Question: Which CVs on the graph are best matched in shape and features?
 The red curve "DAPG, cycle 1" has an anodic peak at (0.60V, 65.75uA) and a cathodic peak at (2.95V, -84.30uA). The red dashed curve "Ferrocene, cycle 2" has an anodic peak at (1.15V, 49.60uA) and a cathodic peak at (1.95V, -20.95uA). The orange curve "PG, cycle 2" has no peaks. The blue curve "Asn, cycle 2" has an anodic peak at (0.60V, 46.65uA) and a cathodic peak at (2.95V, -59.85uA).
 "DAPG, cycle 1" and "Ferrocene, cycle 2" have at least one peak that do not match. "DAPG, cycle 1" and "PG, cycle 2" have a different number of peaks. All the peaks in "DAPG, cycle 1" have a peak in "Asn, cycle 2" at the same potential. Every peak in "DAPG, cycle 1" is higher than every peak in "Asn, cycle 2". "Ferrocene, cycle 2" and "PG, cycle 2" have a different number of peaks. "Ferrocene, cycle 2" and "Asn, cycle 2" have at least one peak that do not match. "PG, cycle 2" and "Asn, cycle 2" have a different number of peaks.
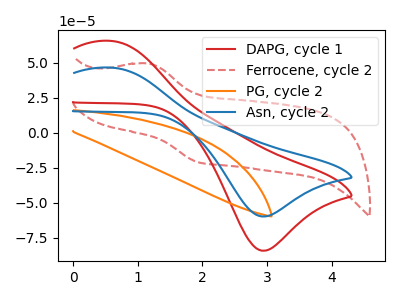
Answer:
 <answer>"Asn, cycle 2" and "DAPG, cycle 1" have the same shape and are likely CV's of the same chemical.</answer>
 <eval>"Asn, cycle 2" "DAPG, cycle 1"</eval>